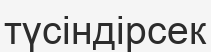
түсіндірсек